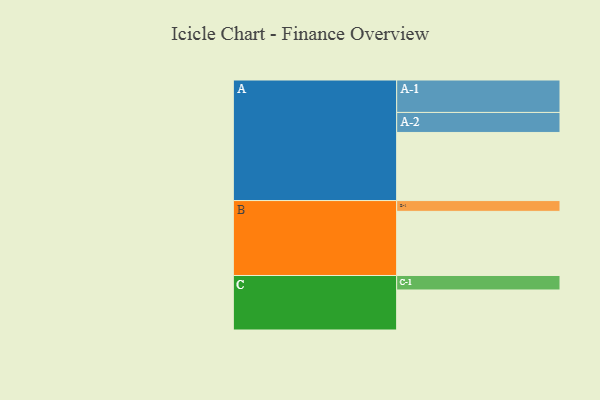
{"axis": {"x": "Segment", "y": "Value"}, "legend": ["", "A", "B", "C"], "data": [{"x": "A", "y": 531, "type": ""}, {"x": "B", "y": 500, "type": ""}, {"x": "C", "y": 312, "type": ""}, {"x": "A-1", "y": 253, "type": "A"}, {"x": "A-2", "y": 156, "type": "A"}, {"x": "B-1", "y": 84, "type": "B"}, {"x": "C-1", "y": 113, "type": "C"}]}